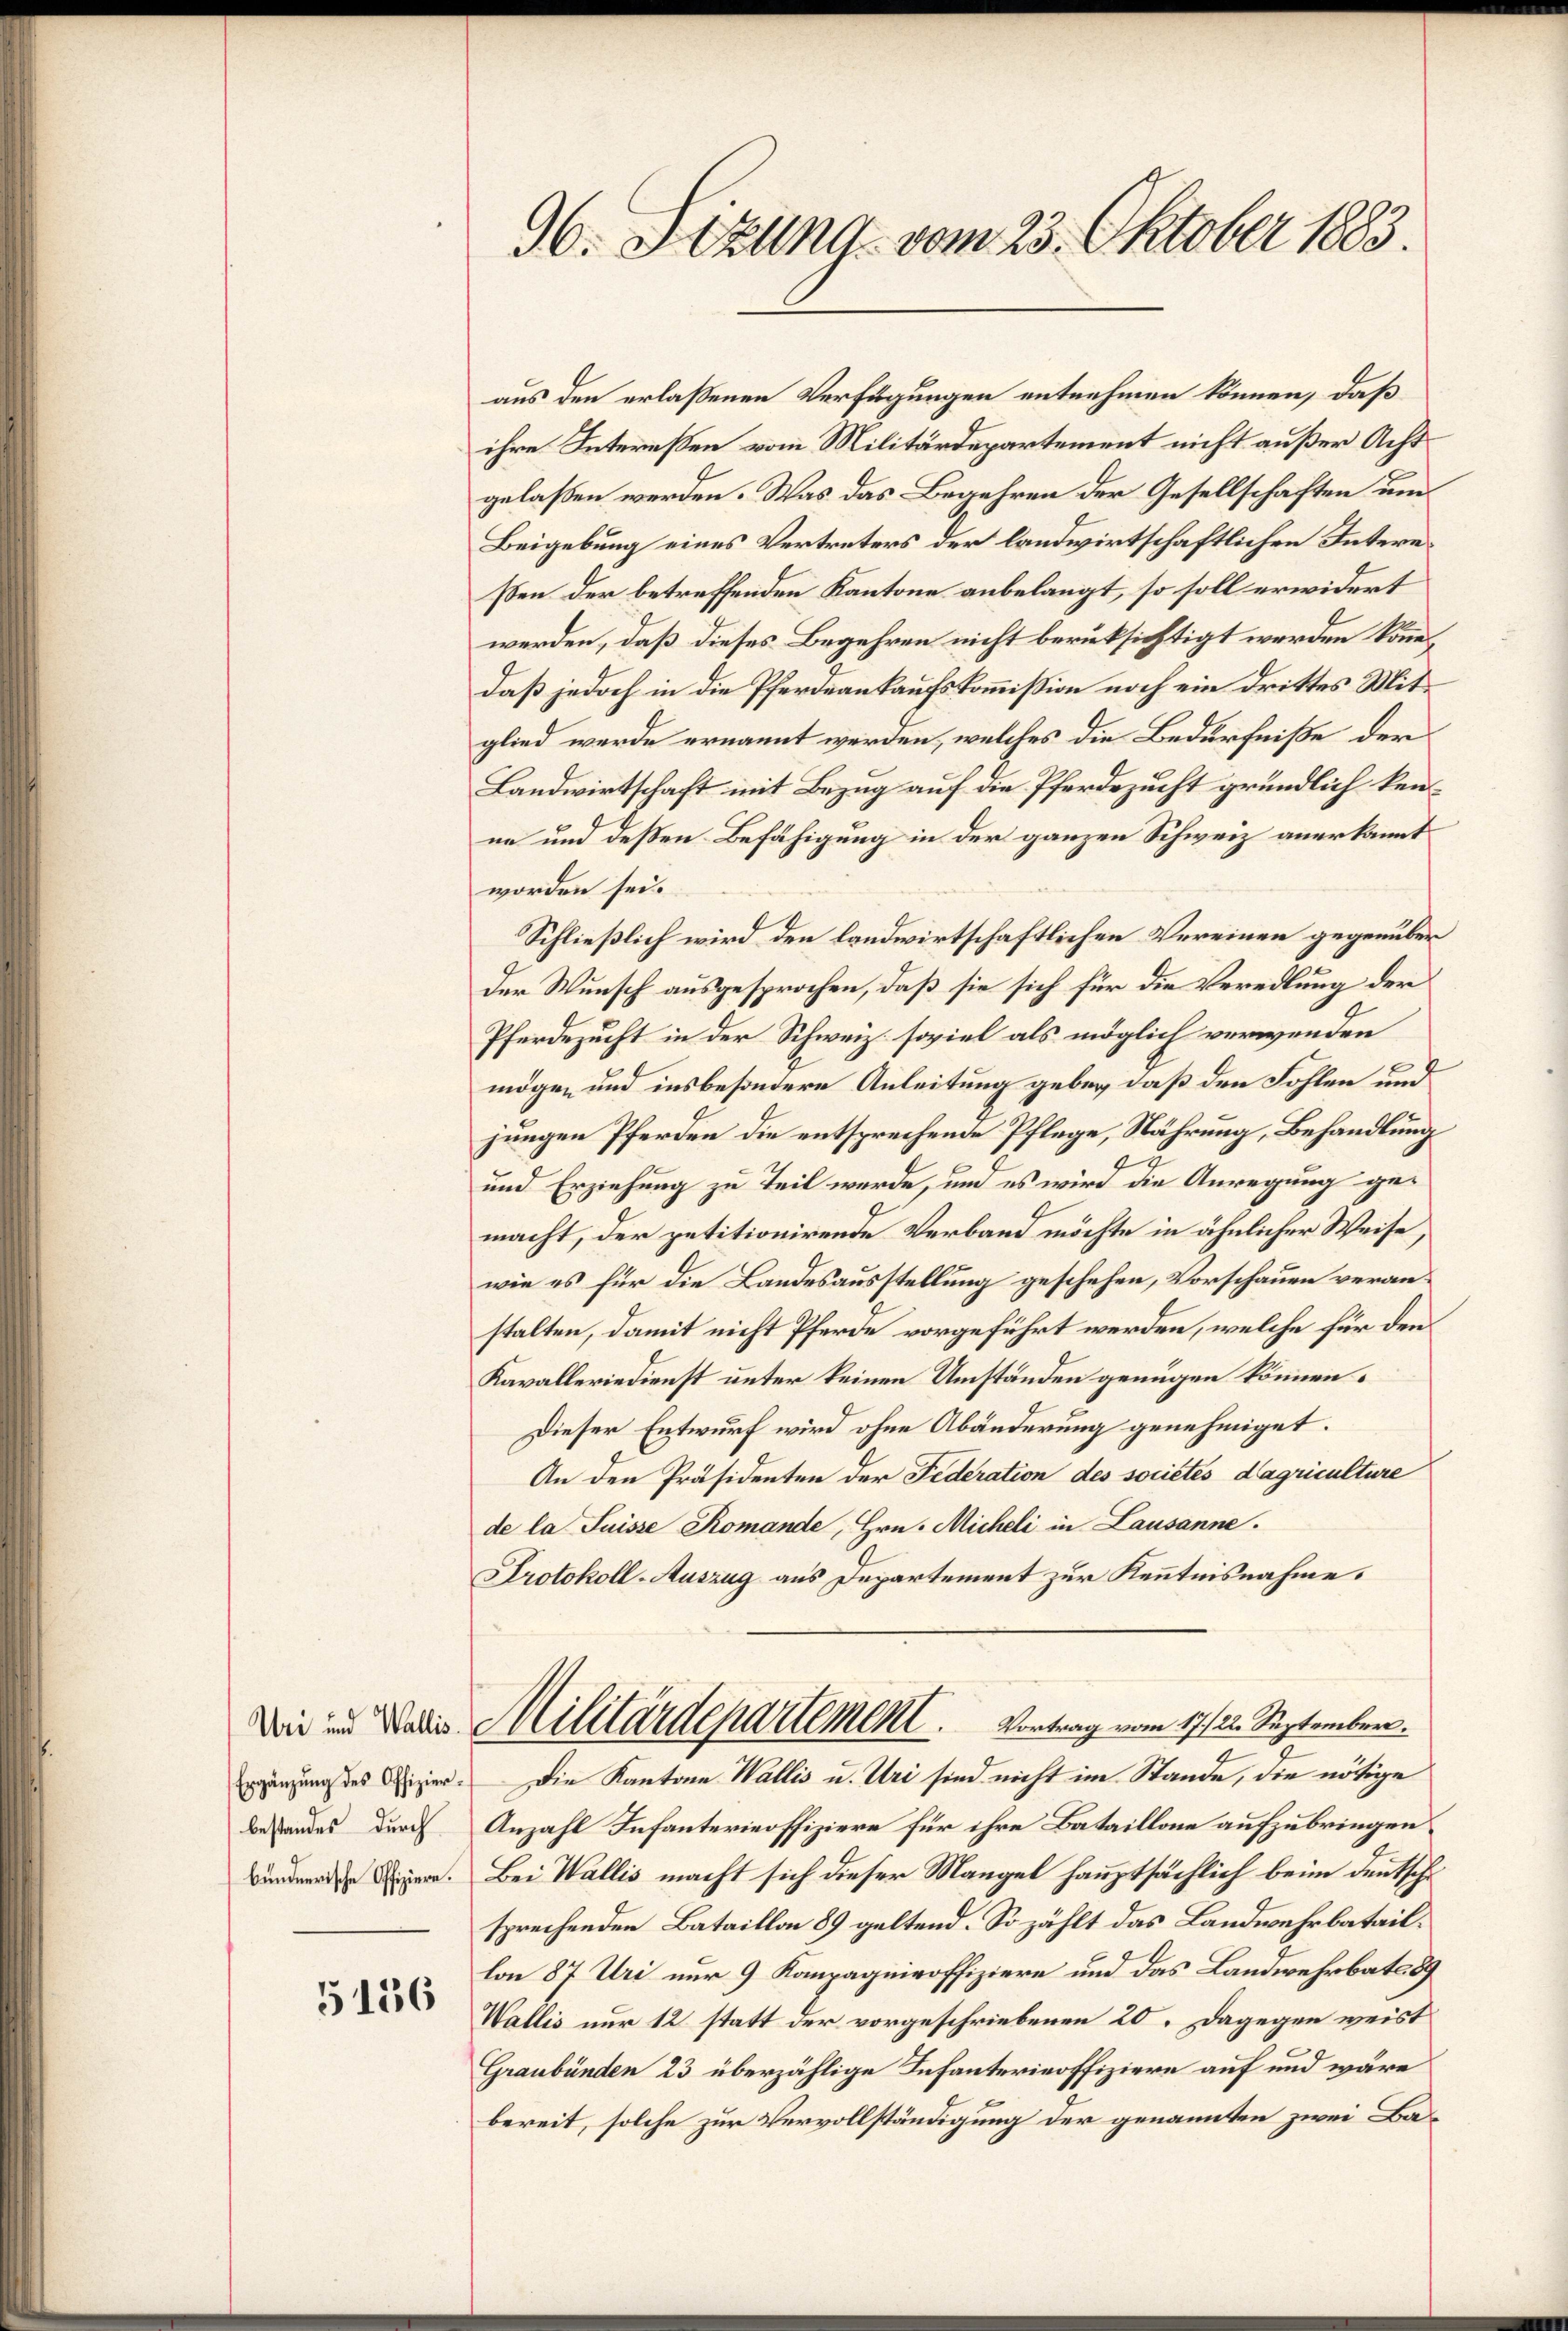
Ergänzung des Offizier¬

5156

96. Sizung vom 23. Oktober 1883.

aus den erlaßenen Verfügungen entnehmen können, daß
ihre Interessen vom Militärdepartement nicht außer Acht
gelassen werden. Was das Begehren der Gesellschaften um
Beigebung eines Vertreters der landwirtschaftlichen Intereßen der betreffenden Kantone anbelangt, so soll erwidert
werden, daß dieses Begehren nicht berüksichtigt werden könndaß jedoch in die Pferdeaukaufskommission noch ein Drittes Mitglied werde ernannt werden, welches die Bedürfniße der
Landwirtschaft mit Bezug auf die Pferdezucht gründlich kenne und deßen Befähigung in der ganzen Schweiz anerkannt
worden sei.
Schließlich wird den landwirtschaftlichen Vereinen gegenüber
der Wunsch ausgesprochen, daß sie sich für die Veredlung der
Pferdezucht in der Schweiz. soviel als möglich verwenden
mögen und insbesondere Anleitung geben, daß den Fohlen und
jungen Pferden die entsprechende Pflege, Nährung, Behandlung
d
und Erziehung zu Teil werde, um es wird die Anregung ge-
macht, der petitionirende Verband möchte in ähnlicher Weise,
wie es für die Landesausstellung geschehen, Vorschauen veranstalten, damit nicht Pferde vorgeführt werden, welche für den
Kavalleriedienst unter keinen Umständen genügen können.
Dieser Entwurf wird ohne Abänderung genehmiget.
An den Präsidenten der Federation des societes dagriculture
de la Suisse Romande, Hrn. Micheli in Lausanne.
Protokoll-Auszug aus Departement zur Kenntnisnahme.
Die in Baden Militärdepartement. Vortrag vom 17./22. September.
Die Kantone Wallis u. Uri sind nicht im Stande, die nötige
Bestandes durch Anzahl Infanterieoffiziere für ihre Bataillone aufzubringen
Bundernden Eigen. Bei Wallis macht sich dieser Mangel hauptsächlich beim Deutsche
sprechenden Bataillon 89 geltend. So zählt das Landwehrbataillon 87 Uri nur 9 Kompagniroffiziere und das Landwehrbato 89
Wallis nur 12 statt der vorgeschriebenen 20. Dagegen weist
Graubünden 23 überzählige Infanterieoffiziere auf und wäre
t
bereit, solche zur Vervollständigung der genannten zwei Ba¬